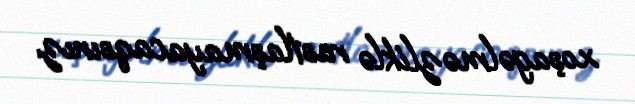
xoşagəlməzliklə rastlaşmayacaqsınız.